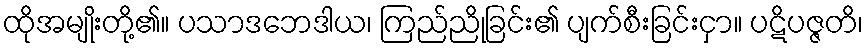
ထိုအမျိုးတို့၏။ ပသာဒဘေဒါယ၊ ကြည်ညိုခြင်း၏ ပျက်စီးခြင်းငှာ။ ပဋိပဇ္ဇတိ၊